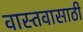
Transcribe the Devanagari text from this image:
वास्तवासाठी